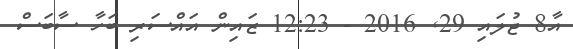
އާ8 ޖުލައި 29